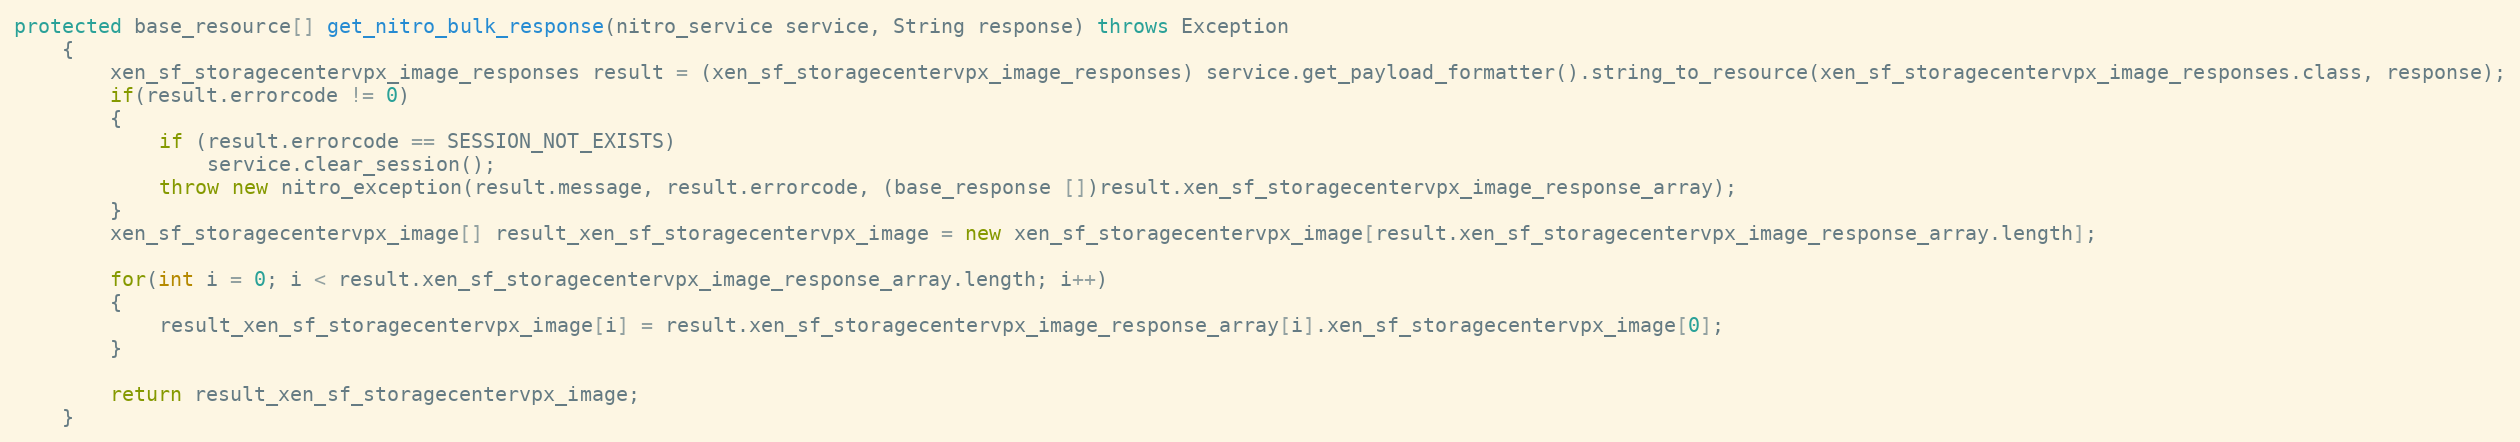
Language: Java
protected base_resource[] get_nitro_bulk_response(nitro_service service, String response) throws Exception
	{
		xen_sf_storagecentervpx_image_responses result = (xen_sf_storagecentervpx_image_responses) service.get_payload_formatter().string_to_resource(xen_sf_storagecentervpx_image_responses.class, response);
		if(result.errorcode != 0)
		{
			if (result.errorcode == SESSION_NOT_EXISTS)
				service.clear_session();
			throw new nitro_exception(result.message, result.errorcode, (base_response [])result.xen_sf_storagecentervpx_image_response_array);
		}
		xen_sf_storagecentervpx_image[] result_xen_sf_storagecentervpx_image = new xen_sf_storagecentervpx_image[result.xen_sf_storagecentervpx_image_response_array.length];

		for(int i = 0; i < result.xen_sf_storagecentervpx_image_response_array.length; i++)
		{
			result_xen_sf_storagecentervpx_image[i] = result.xen_sf_storagecentervpx_image_response_array[i].xen_sf_storagecentervpx_image[0];
		}

		return result_xen_sf_storagecentervpx_image;
	}